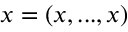
{ \boldsymbol x } = ( x , . . . , x )